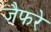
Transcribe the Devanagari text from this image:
जैफरे